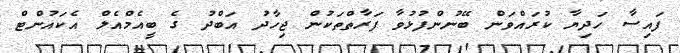
ފައިސާ ހަދިޔާ ކުރައްވަން ބޭނުންފުޅުވާ ފަރާތްތަކުން ޖިހާދު އަބްދު ގެ ބީއެމްއެލް އެކައުންޓް